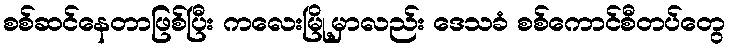
စစ်ဆင်နေတာဖြစ်ပြီး ကလေးမြို့မှာလည်း ဒေသခံ စစ်ကောင်စီတပ်တွေ